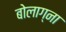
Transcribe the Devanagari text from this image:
बोलाग्ना